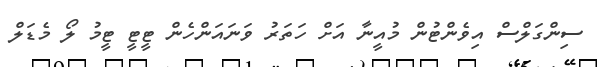
ސިންގަލްސް އިވެންޓުން މުއީނާ އަށް ހަތަރު ވަނައަންހެން ޓީޓީ ޓީމު ލޯ މެޑަލް